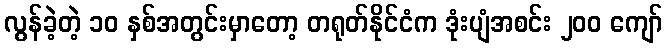
လွန်ခဲ့တဲ့ ၁၀ နှစ်အတွင်းမှာတော့ တရုတ်နိုင်ငံက ဒုံးပျံအစင်း ၂၀၀ ကျော်